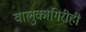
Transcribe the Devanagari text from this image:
वालुकागिरीही